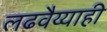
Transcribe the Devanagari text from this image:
लढवैय्याही